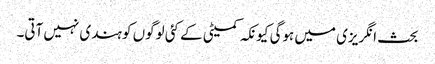
بحث انگریزی میں ہوگی کیونکہ کمیٹی کے کئی لوگوں کو ہندی نہیں آتی۔